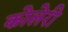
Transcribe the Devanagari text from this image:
कोलेरी